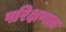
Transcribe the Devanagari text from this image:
परिक्षणात